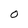
Character: O